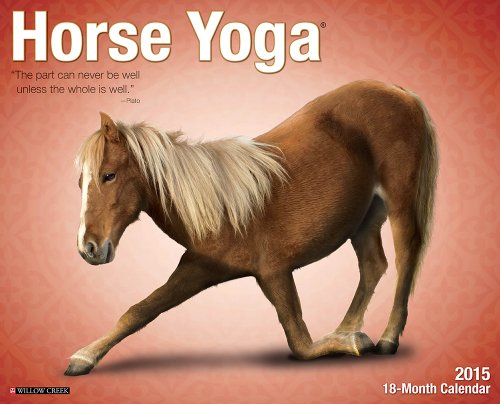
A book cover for Horse Yoga 2015 Wall Calendar; Willow Creek Press; Calendars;